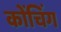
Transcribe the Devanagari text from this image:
कोंचिंग